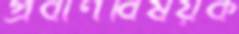
প্রবীণবিষয়ক